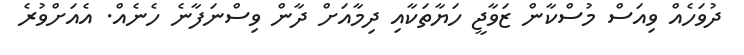
ދުވަހެއް ވިއަސް މުސްކާން ޒަވާޖީ ހަޔާތަކާއި ދިމާއަށް ދާން ވިސްނަފާނެ ހެނެއް. އެއަށްވުރެ